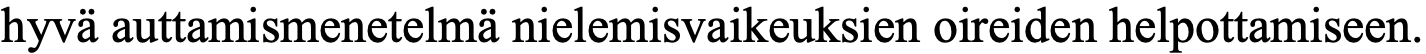
hyvä auttamismenetelmä nielemisvaikeuksien oireiden helpottamiseen.